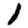
Digit: 1